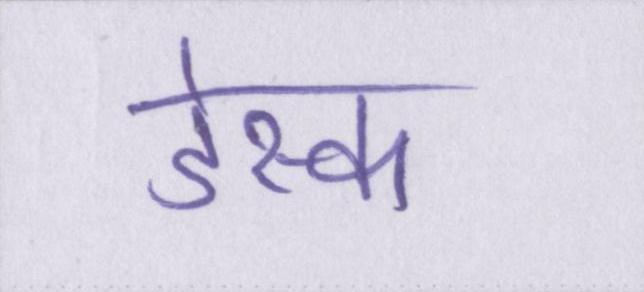
डेस्क